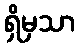
ရှိမှသာ